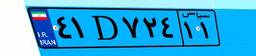
۲۳D۶۹۴۱۶